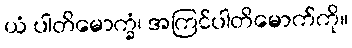
ယံ ပါတိမောက္ခံ၊ အကြင်ပါတိမောက်ကို။